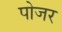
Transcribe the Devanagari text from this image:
पोजर